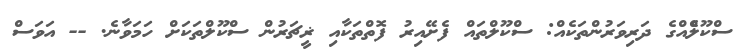
ސްކޫލެްއްގެ ދަރިވަރުންތަކެއް: ސްކޫލްތައް ފެށޭއިރު ފޮތްތަކާއި ޜީޗަރުން ސްކޫލްތަކަށް ހަމަވާނެ. -- އަވަސް